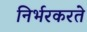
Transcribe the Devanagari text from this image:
निर्भरकरते